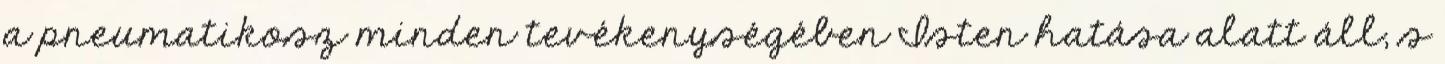
a pneumatikosz minden tevékenységében Isten hatása alatt áll, s